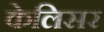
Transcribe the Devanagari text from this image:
केलिसर